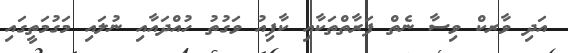
އަދި ވާރކް ވިސާ ނެތް ފަރާތްތަކާއި ކާފިއު ވަގުތު ހުއްދައާއި ނުލައި މަގުމަތީގައި